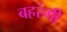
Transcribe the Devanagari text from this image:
बहरंगी